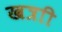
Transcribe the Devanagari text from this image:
खत्राी